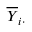
{ \overline { { Y } } } _ { i \cdot }